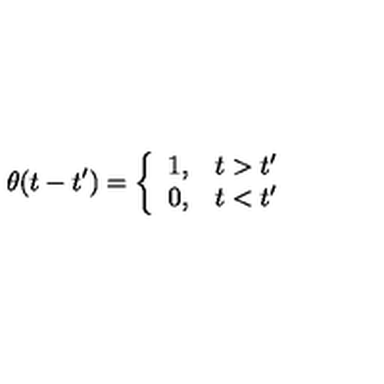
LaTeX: \theta ( t - t ^ { \prime } ) = \left\{ \begin{array} { l l } { 1 , } & { t > t ^ { \prime } } \\ { 0 , } & { t < t ^ { \prime } } \\ \end{array} \right.